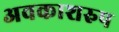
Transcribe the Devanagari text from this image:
अवकाशरुप